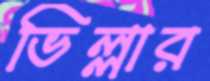
ভিল্লার